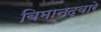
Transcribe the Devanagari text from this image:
बिमानद्वारे